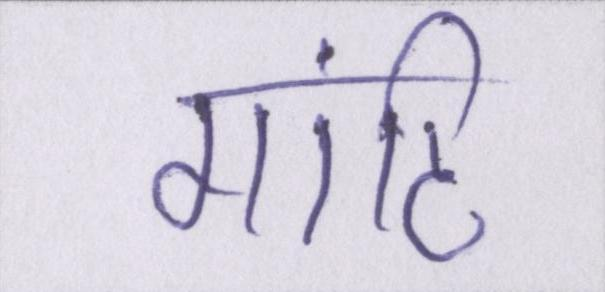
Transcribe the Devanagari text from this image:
गांठि